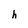
Character: h